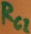
Text: RG2